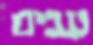
עבים